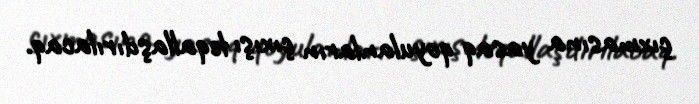
çıxmasına yasaq qoyulanların çıxışı leqallaşdırılacaq.